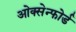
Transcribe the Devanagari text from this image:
ओक्सेन्फोर्ड